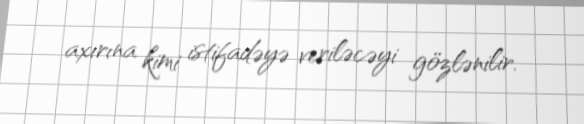
axırına kimi istifadəyə veriləcəyi gözlənilir.